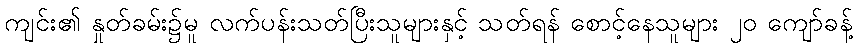
ကျင်း၏ နှုတ်ခမ်း၌မူ လက်ပန်းသတ်ပြီးသူများနှင့် သတ်ရန် စောင့်နေသူများ ၂၀ ကျော်ခန့်